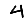
Digit: 4